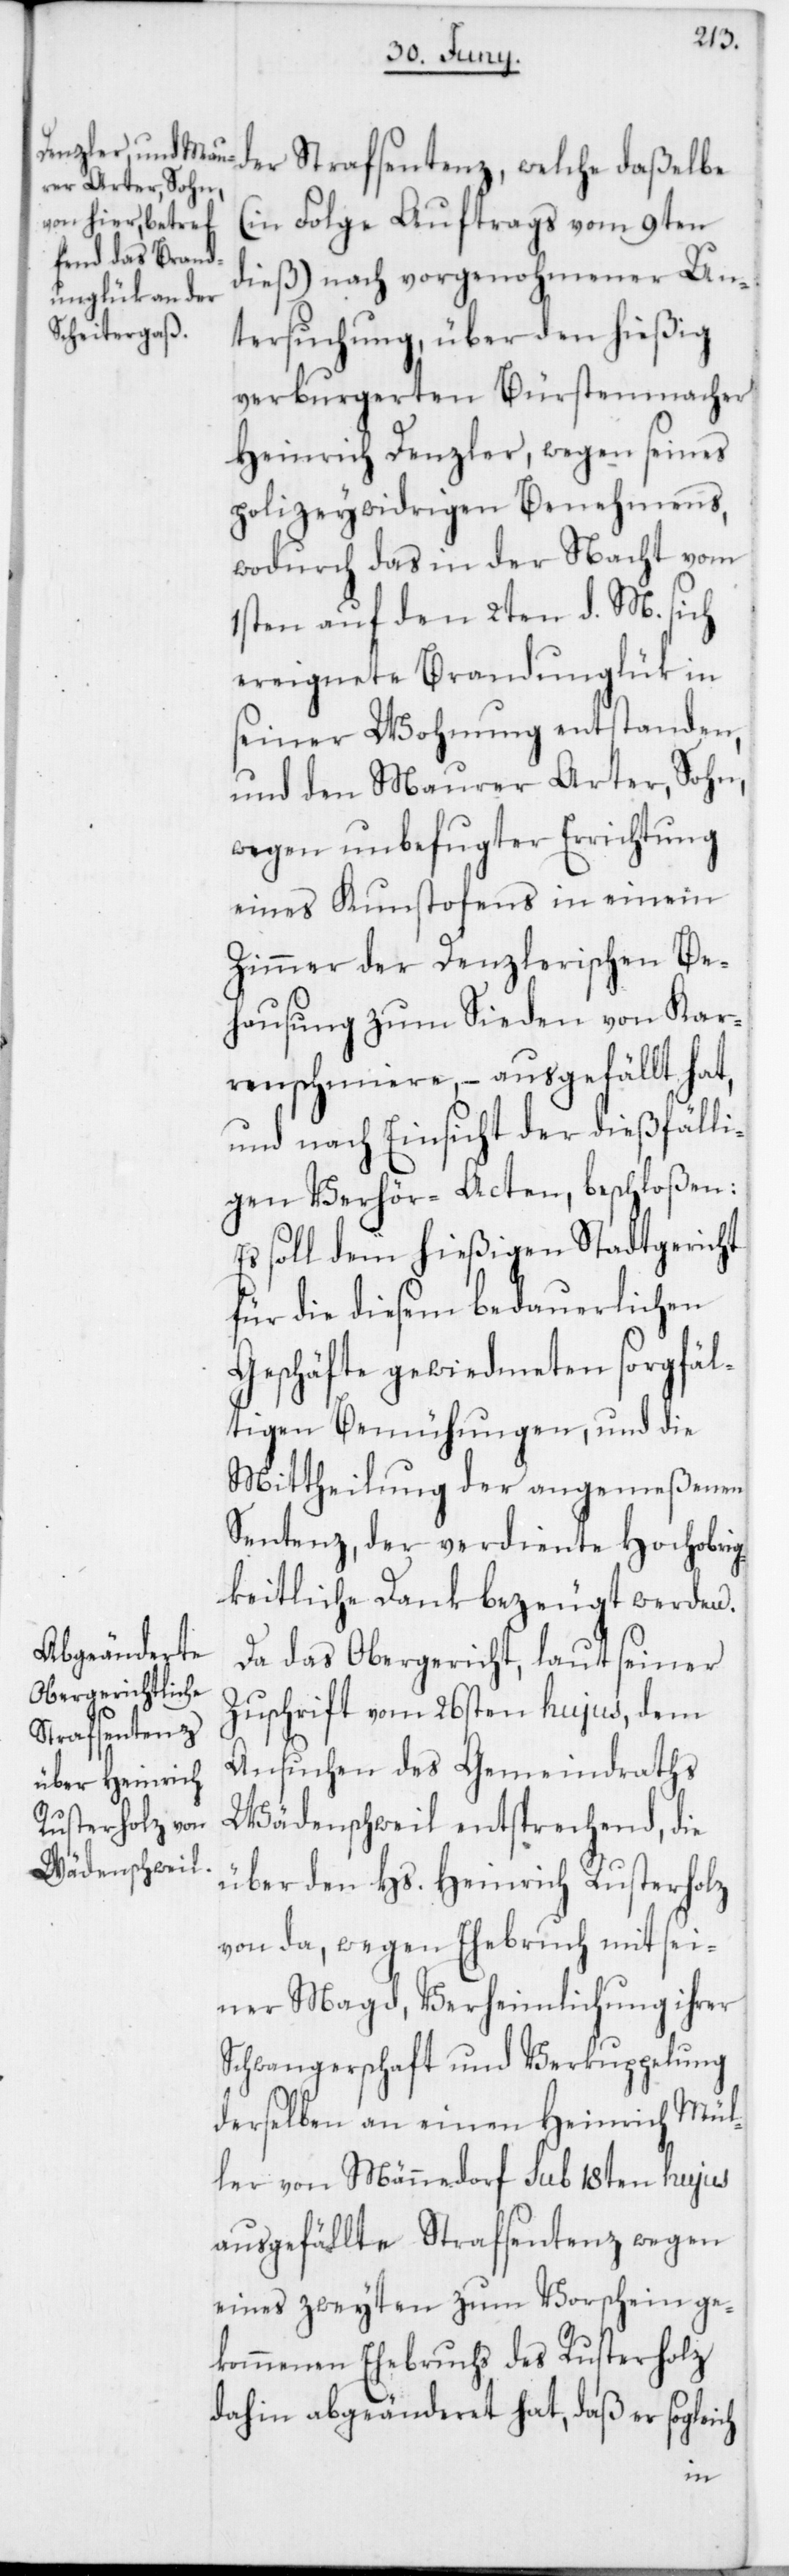
der Strafsentenz, welche daßelbe
(in Folge Auftrags vom 9ten
dieß) nach vorgenohmener Un¬
tersuchung, über den hießig
verburgerten Bürstenmacher
Heinrich Denzler, wegen seines
polizeywidrigen Benehmens,
wodurch das in der Nacht vom
1sten auf den 2ten d. M. sich
ereignete Brandunglük in
seiner Wohnung entstanden,
und den Maurer Arter, Sohn,
wegen unbefugter Errichtung
eines Kunstofens in einem
Zimmer der Denzlerischen Be¬
hausung zum Sieden von Kar¬
renschmiere, – ausgefällt hat,
und nach Einsicht der dießfälli¬
gen Verhör-Acten, beschloßen:
Es soll dem hießigen Stadtgericht
für die diesem bedauerlichen
Geschäfte gewiedmeten sorgfäl¬
tigen Bemühungen und die
Mittheilung der angemeßenen
Sentenz, der verdiente Hochobrig¬
keitliche Dank bezeugt werden.
Da das Obergericht, laut seiner
Zuschrift vom 26sten hujus, dem
Ansuchen des Gemeindraths
Wädenschweil entsprechend, die
über den Hs. Heinrich Rusterholz
von da, wegen Ehebruch mit sei¬
ner Magd, Verheimlichung ihrer
Schwangerschaft und Verkuppelung
derselben an einen Heinrich Mül¬
ler von Männedorf sub 18ten hujus
ausgefällte Strafsentenz, wegen
eines zweyten zum Vorschein ge¬
kommenen Ehebruchs des Rusterholz
dahin abgeänderet hat, daß er sogleich